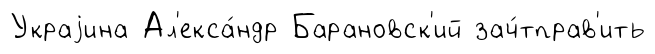
Украjина Ал'екса́ндр Барановск'ий зач́тправ'ить